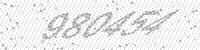
Solution: 980454